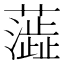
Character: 𫊉